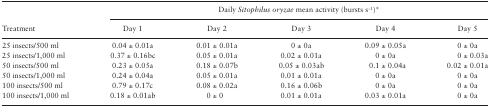
<table><thead><tr><td rowspan="2"><b>Treatment</b></td><td colspan="5"><b>Daily <i>Sitophilus oryzae</i> mean activity (bursts s<sup>−1</sup>)*</b></td></tr><tr><td><b>Day 1</b></td><td><b>Day 2</b></td><td><b>Day 3</b></td><td><b>Day 4</b></td><td><b>Day 5</b></td></tr></thead><tbody><tr><td>25 insects/500 ml</td><td>0.04 ± 0.01a</td><td>0.01 ± 0.01a</td><td>0 ± 0a</td><td>0.09 ± 0.05a</td><td>0 ± 0a</td></tr><tr><td>25 insects/1,000 ml</td><td>0.37 ± 0.16bc</td><td>0.05 ± 0.01a</td><td>0.02 ± 0.01a</td><td>0 ± 0a</td><td>0 ± 0.03a</td></tr><tr><td>50 insects/500 ml</td><td>0.23 ± 0.05a</td><td>0.18 ± 0.07b</td><td>0.05 ± 0.03ab</td><td>0.1 ± 0.04a</td><td>0.02 ± 0.01a</td></tr><tr><td>50 insects/1,000 ml</td><td>0.24 ± 0.04a</td><td>0.05 ± 0.01a</td><td>0.01 ± 0.01a</td><td>0 ± 0a</td><td>0 ± 0a</td></tr><tr><td>100 insects/500 ml</td><td>0.79 ± 0.17c</td><td>0.08 ± 0.02a</td><td>0.16 ± 0.06b</td><td>0 ± 0a</td><td>0 ± 0a</td></tr><tr><td>100 insects/1,000 ml</td><td>0.18 ± 0.01ab</td><td>0 ± 0</td><td>0.01 ± 0.01a</td><td>0.03 ± 0.01a</td><td>0 ± 0a</td></tr></tbody></table>